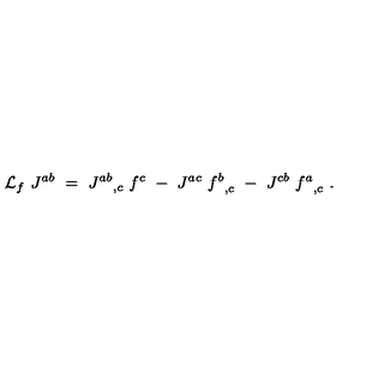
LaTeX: { \cal L } _ { f } \ J ^ { a b } \ = \ { J ^ { a b } } _ { , c } \ f ^ { c } \ - \ J ^ { a c } \ { f ^ { b } } _ { , c } \ - \ J ^ { c b } \ { f ^ { a } } _ { , c } \ .